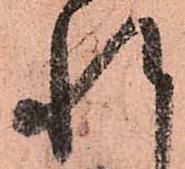
れ